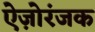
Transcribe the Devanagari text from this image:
ऐज़ोरंजक